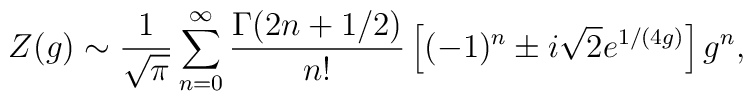
Z(g)\sim{1\over\sqrt{\pi}}   \sum_{n=0}^\infty{\Gamma(2n+1/2)\over n!}   \left[(-1)^n\pm i\sqrt{2}e^{1/(4g)}\right]g^n,